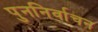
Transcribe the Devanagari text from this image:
पुननिर्वाचन